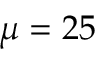
\mu = 2 5